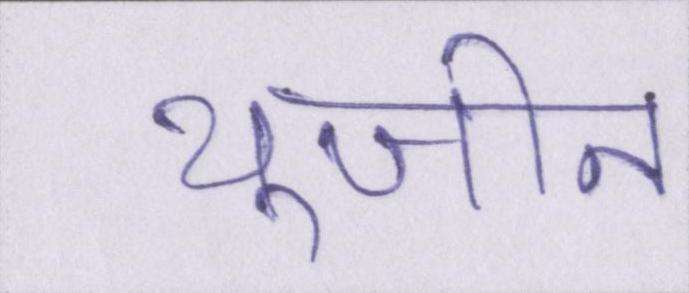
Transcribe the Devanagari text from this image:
यूजीन